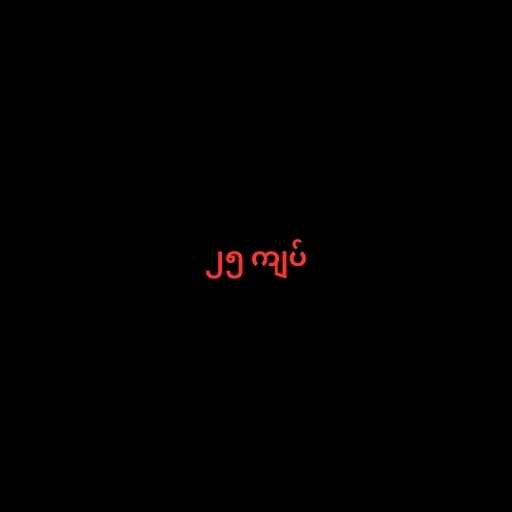
၂၅ ကျပ်